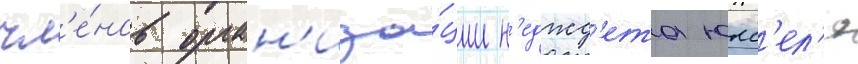
чл'е́нов орган'иза́ции н'еджд'ета юкс'ел'я